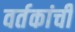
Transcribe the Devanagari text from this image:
वर्तकांची